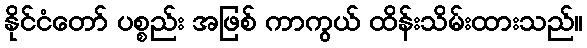
နိုင်ငံတော် ပစ္စည်း အဖြစ် ကာကွယ် ထိန်းသိမ်းထားသည်။